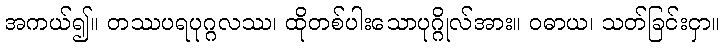
အကယ်၍။ တဿပရပုဂ္ဂလဿ၊ ထိုတစ်ပါးသောပုဂ္ဂိုလ်အား။ ဝဓာယ၊ သတ်ခြင်းငှာ။